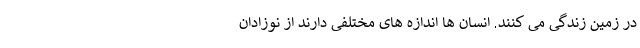
در زمین زندگی می کنند. انسان ها اندازه های مختلفی دارند از نوزادان